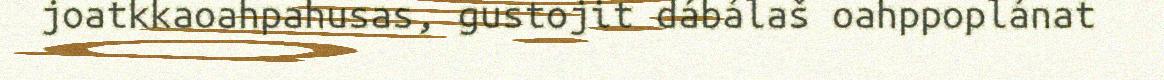
joatkkaoahpahusas, gustojit dábálaš oahppoplánat